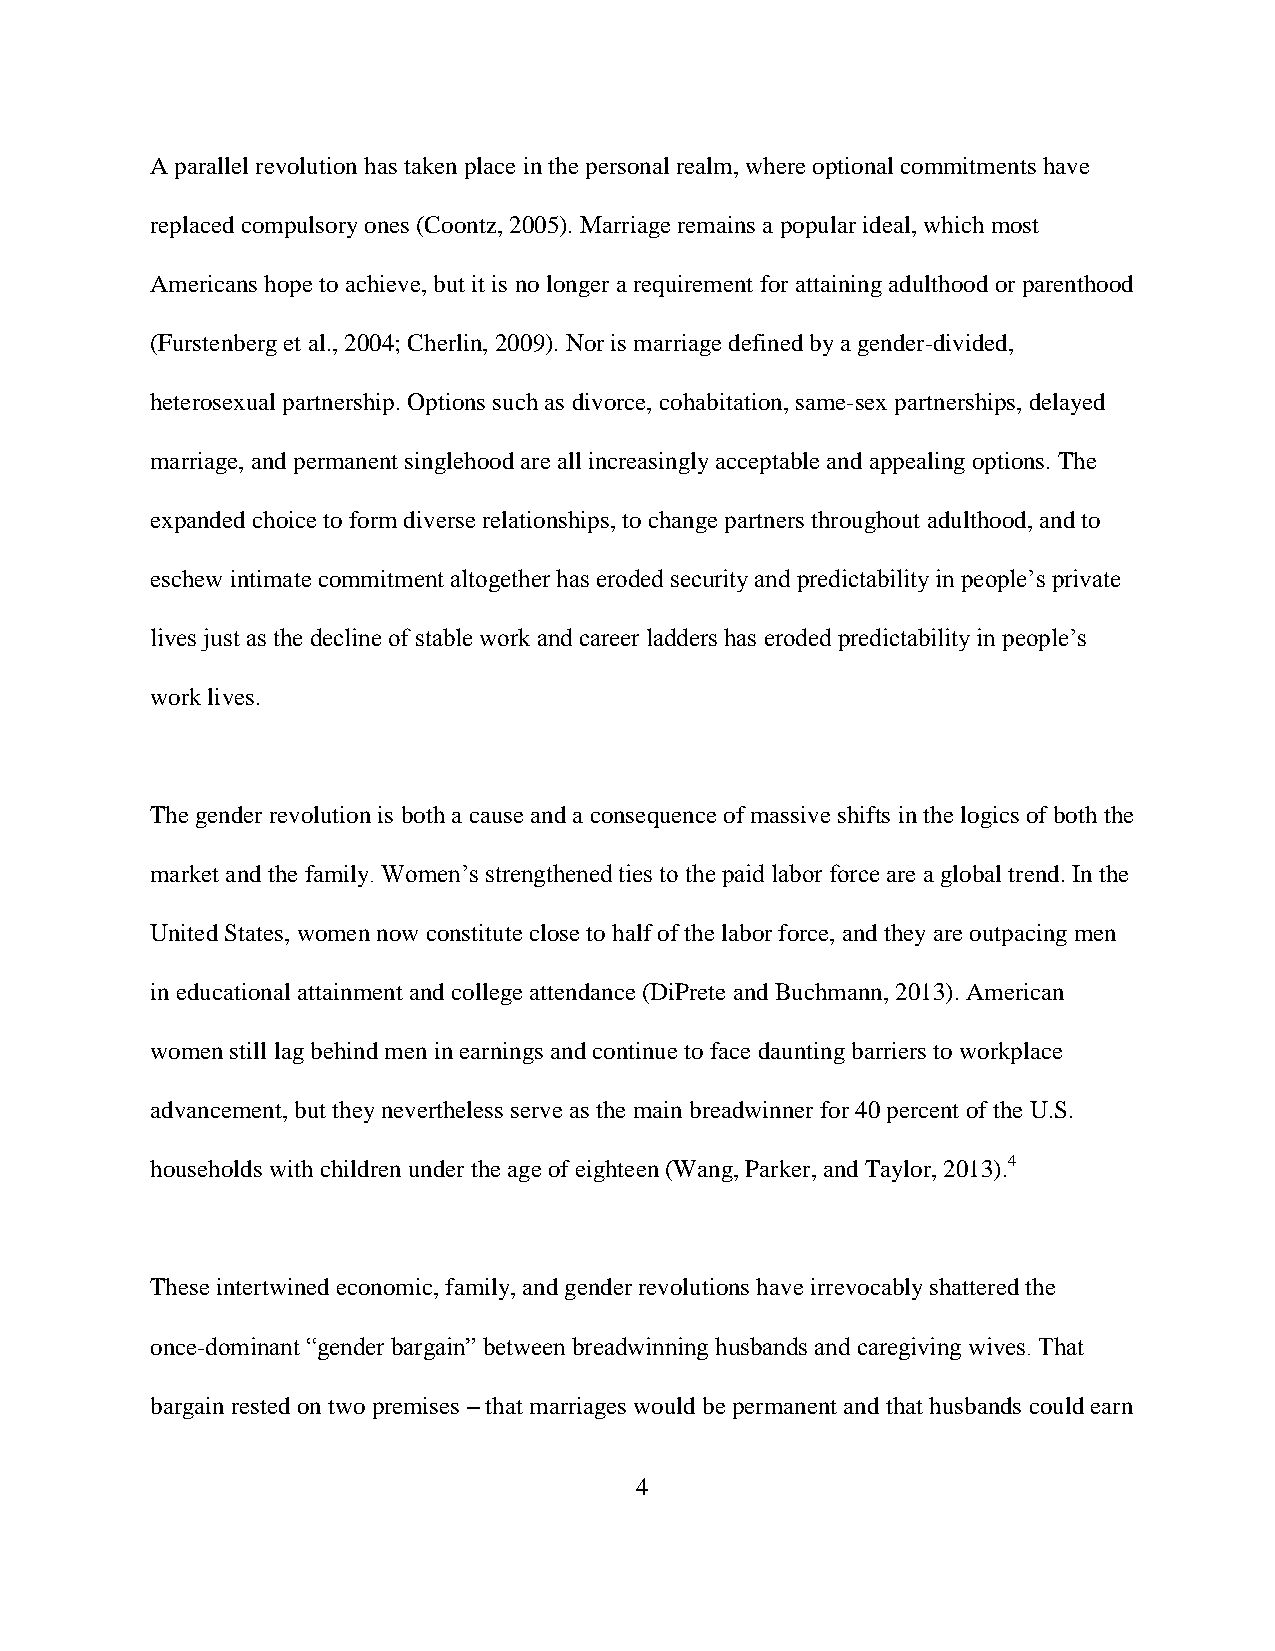
A parallel revolution has taken place in the personal realm, where optional commitments have
 replaced compulsory ones (Coontz, 2005). Marriage remains a popular ideal, which most
 Americans hope to achieve, but it is no longer a requirement for attaining adulthood or parenthood
 (Furstenberg et al., 2004; Cherlin, 2009). Nor is marriage defined by a gender-divided,
 heterosexual partnership. Options such as divorce, cohabitation, same-sex partnerships, delayed
 marriage, and permanent singlehood are all increasingly acceptable and appealing options. The
 expanded choice to form diverse relationships, to change partners throughout adulthood, and to
 eschew intimate commitment altogether has eroded security and predictability in people’s private
 lives just as the decline of stable work and career ladders has eroded predictability in people’s
 work lives.
 The gender revolution is both a cause and a consequence of massive shifts in the logics of both the
 market and the family. Women’s strengthened ties to the paid labor force are a global trend. In the
 United States, women now constitute close to half of the labor force, and they are outpacing men
 in educational attainment and college attendance (DiPrete and Buchmann, 2013). American
 women still lag behind men in earnings and continue to face daunting barriers to workplace
 advancement, but they nevertheless serve as the main breadwinner for 40 percent of the U.S.
 households with children under the age of eighteen (Wang, Parker, and Taylor, 2013).4
 These intertwined economic, family, and gender revolutions have irrevocably shattered the
 once-dominant “gender bargain” between breadwinning husbands and caregiving wives. That
 bargain rested on two premises – that marriages would be permanent and that husbands could earn
 4